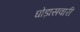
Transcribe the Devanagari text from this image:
घोड़ासवारी